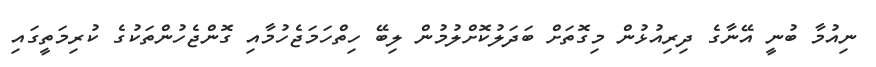
ނިއުމާ ބުނީ އޭނާގެ ދިރިއުޅުން މިގޮތަށް ބަދަލުކޮށްލުމުން ލިބޭ ހިތްހަމަޖެހުމާއި ގޮންޖެހުންތަކުގެ ކުރިމަތީގައި